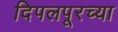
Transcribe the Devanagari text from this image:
दिपलपूरच्या